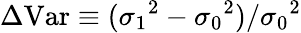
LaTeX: \Delta\mathrm{Var}\equiv({\sigma_{1}}^{2}-{\sigma_{0}}^{2})/{\sigma_{0}}^{2}